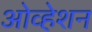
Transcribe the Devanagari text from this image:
ओव्हेशन